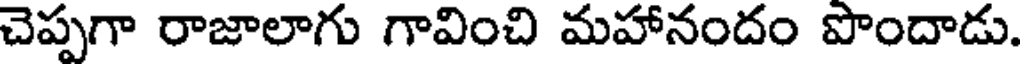
చెప్పగా రాజాలాగు గావించి మహానందం పొందాడు.